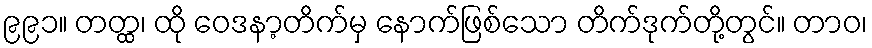
၉၉၁။ တတ္ထ၊ ထို ဝေဒနာ့တိက်မှ နောက်ဖြစ်သော တိက်ဒုက်တို့တွင်။ တာဝ၊